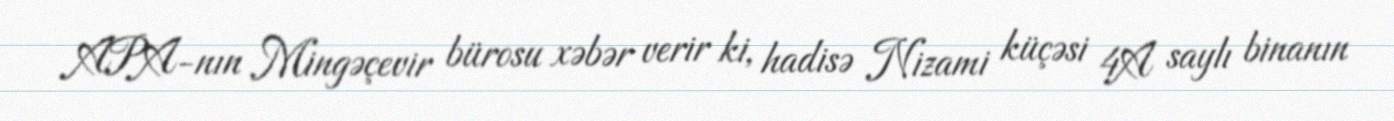
APA-nın Mingəçevir bürosu xəbər verir ki, hadisə Nizami küçəsi 4A saylı binanın